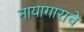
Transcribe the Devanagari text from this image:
नायागाराचे